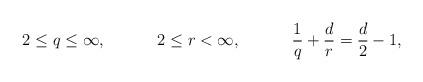
LaTeX: \begin{align*} &2 \leq q \leq \infty,& &2 \leq r < \infty,& &\frac{1}{q} + \frac{d}{r} = \frac{d}{2} - 1,&\end{align*}